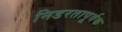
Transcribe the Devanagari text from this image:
निडरतापूर्वक